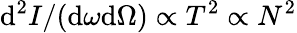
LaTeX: \mathrm{d}^{2}I/(\mathrm{d}\omega\mathrm{d}\Omega)\propto T^{2}\propto N^{2}